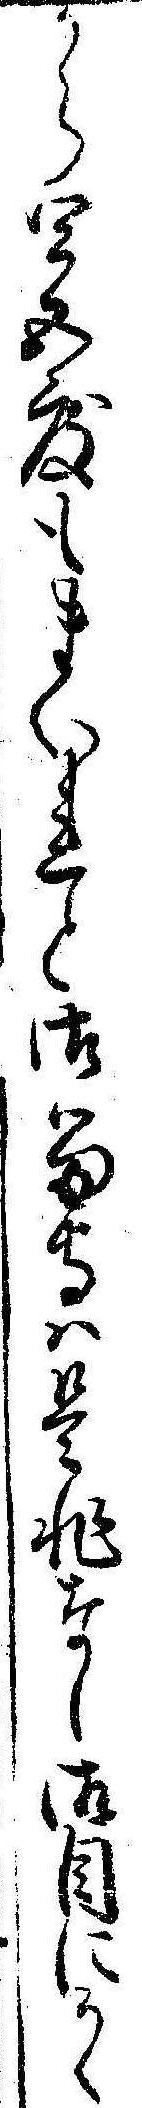
から四五度もまいれと御留守は是非なし御目にかゝ